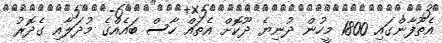
އެތޫފާންގައި 1800 މީހުން ދުނިޔެ ދޫކޮށް އެތައް ހާސް ބައެއްގެ މުދަލާއި ގެދޮރު